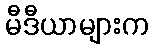
မီဒီယာများက